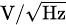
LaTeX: \scriptstyle\mathrm{V}/{\sqrt{\mathrm{Hz}}}